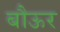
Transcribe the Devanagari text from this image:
बौऊर